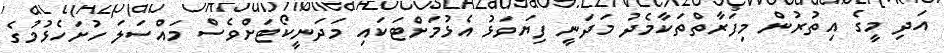
އަދި މީގެ އިތުރުން މިފަރާތްތަކާމެދު މަދަނީ ފިޔަވަޅު އެޅުމަށްޓަކައި މަދަނީކޯޓަށްވެސް މައްސަލަ ހުށަހެޅުމުގެ